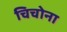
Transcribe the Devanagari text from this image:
चिचोना